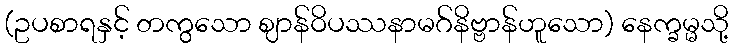
(ဥပစာရနှင့် တကွသော ဈာန်ဝိပဿနာမဂ်နိဗ္ဗာန်ဟူသော) နေက္ခမ္မသို့